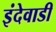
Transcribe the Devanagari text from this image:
इंदेवाडी